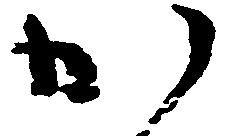
か